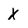
Character: X